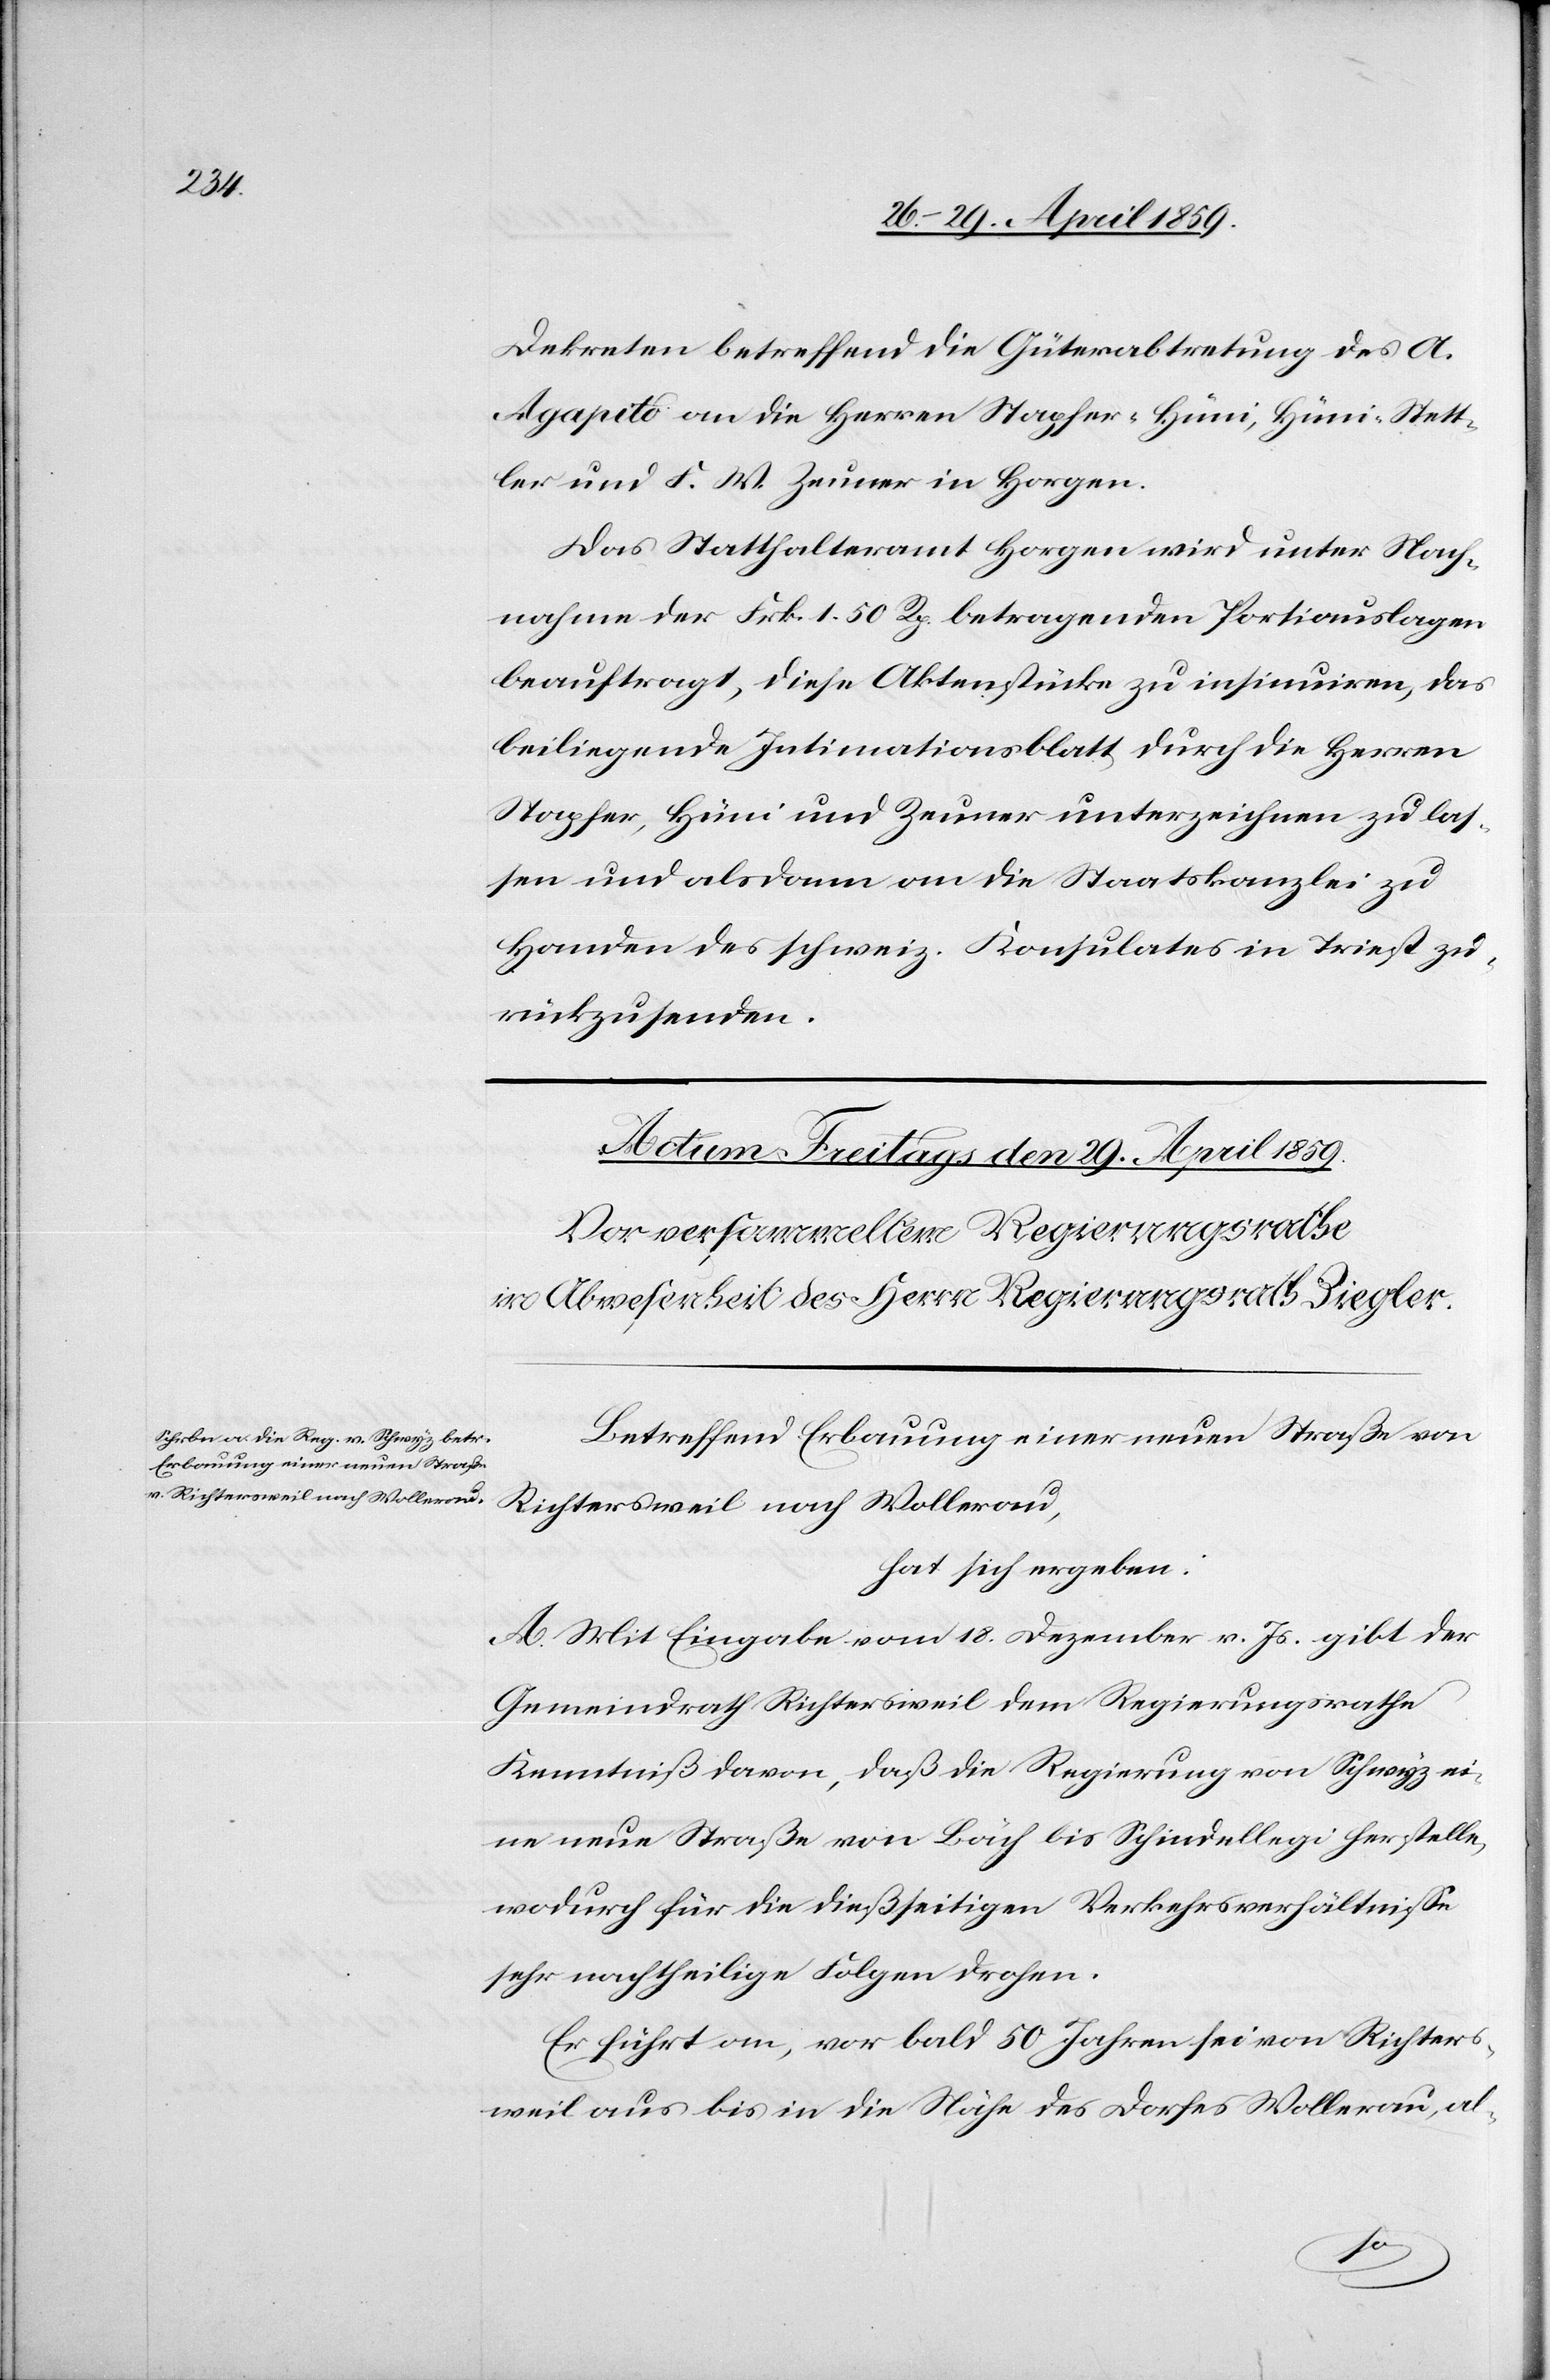
Dekreten betreffend die Güterabtretung des A.
Agapito an die Herren Stapfer-Hüni, Hüni-Stett¬
ler und F. W. Zeuner in Horgen.
Das Statthalteramt Horgen wird unter Nach¬
nahme der Frk. 1. 50 Rp. betragenden Portiauslagen
beauftragt, diese Aktenstücke zu insinuiren, das
beiliegende Intimationsblatt durch die Herren
Stapfer, Hüni und Zeuner unterzeichnen zu las¬
sen und alsdann an die Staatskanzlei zu
Handen des schweiz. Konsulates in Triest zu¬
rückzusenden.
Betreffend Erbauung einer neuen Straße von
Richtersweil nach Wollerau,
hat sich ergeben:
A. Mit Eingabe vom 18. Dezember v. Js. gibt der
Gemeindrath Richtersweil dem Regierungsrathe
Kenntniß davon, daß die Regierung von Schwyz ei¬
ne neue Straße von Bäch bis Schindellegi herstelle,
wodurch für die dießseitigen Verkehrsverhältniße
sehr nachtheilige Folgen drohen.
Er führt an, vor bald 50 Jahren sei von Richters¬
weil aus bis in die Nähe des Dorfes Wollerau, al-